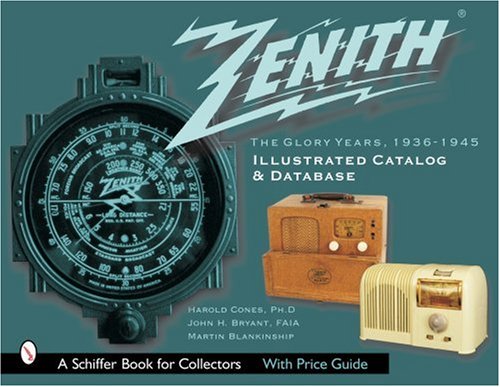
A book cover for Zenith Radio: The Glory Years, 1936-1945: Illustrated Catalog and Database(Schiffer Book for Collectors); Harold N. Cones; Humor & Entertainment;